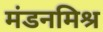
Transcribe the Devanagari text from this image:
मंडनमिश्र